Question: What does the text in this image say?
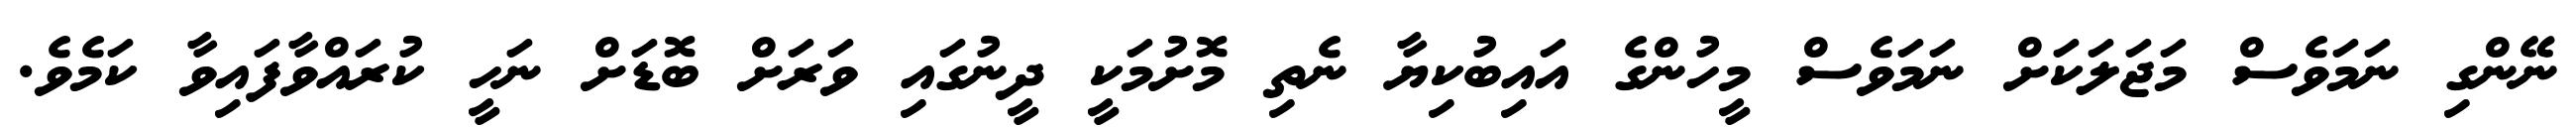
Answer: ނޭންގި ނަމަވެސް މަޖަލަކަށް ނަމަވެސް މީހުންގެ އައިބުކިޔާ ނެތި މޮށުމަކީ ދީނުގައި ވަރަށް ބޮޑަށް ނަހީ ކުރައްވާފައިވާ ކަމެވެ.